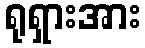
ရုရှားအား